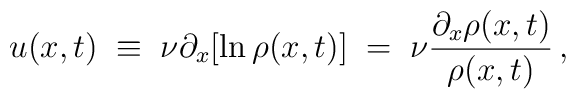
u(x,t) \; \equiv \; \nu\partial_{x}[\ln\rho(x,t)] \; = \;\nu\frac{\partial_{x}\rho(x,t)}{\rho(x,t)} \, ,